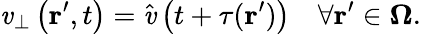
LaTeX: \mathit{v}_{\bot}\left(\textbf{{r}}^{\prime},t\right)=\hat{{\mathit{v}}}\left(t+\tau(\textbf{{r}}^{\prime})\right)\quad\forall\textbf{{r}}^{\prime}\in\mathbf{{\Omega}}.